38_143685_box_Incident_Summaries_173-233
Agency: Department of War
Page 27
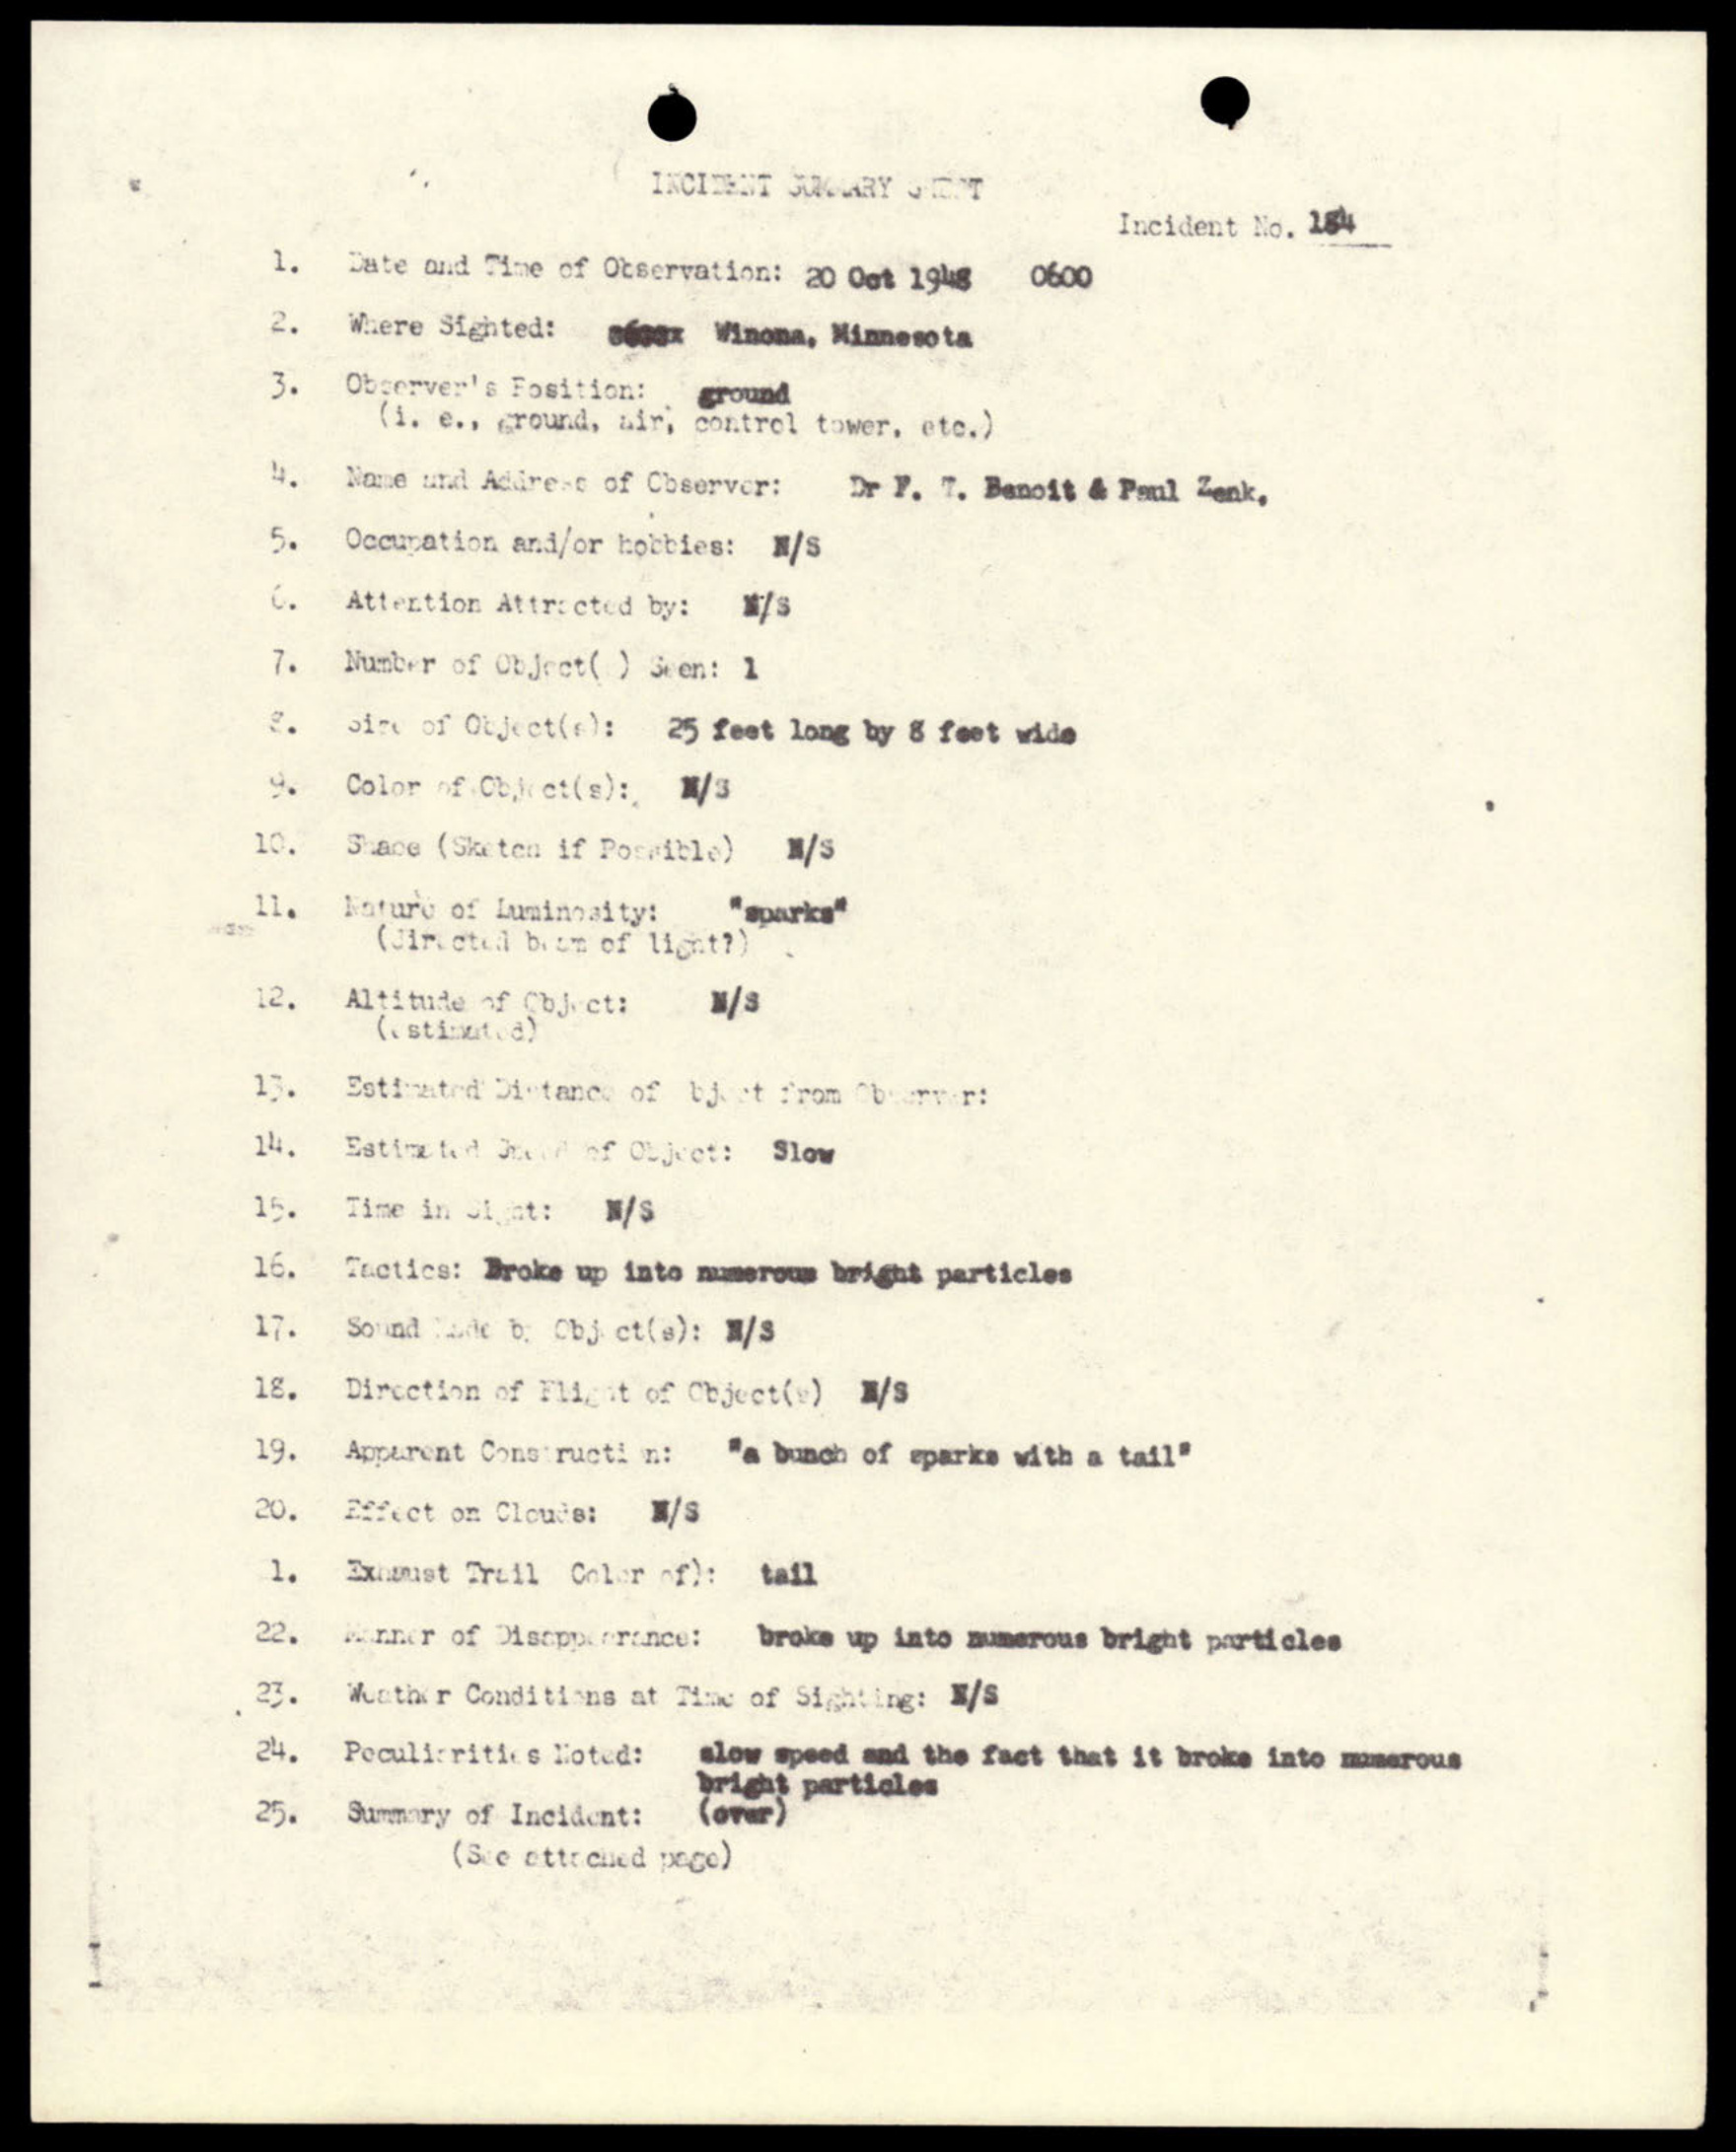